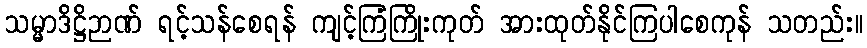
သမ္မာဒိဋ္ဌိဉာဏ် ရင့်သန်စေရန် ကျင့်ကြံကြိုးကုတ် အားထုတ်နိုင်ကြပါစေကုန် သတည်း။